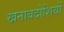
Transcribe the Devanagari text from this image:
खनाबदोशियों